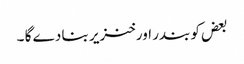
بعض کو بندر اور خنزیر بنا دے گا ۔